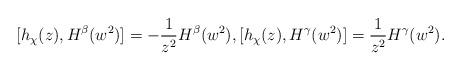
LaTeX: \begin{align*}[h_\chi(z), H^{\beta} (w^2)] =-\frac{1}{z^2}H^{\beta} (w^2), [h_\chi(z), H^{\gamma} (w^2)] =\frac{1}{z^2}H^{\gamma} (w^2).\end{align*}